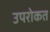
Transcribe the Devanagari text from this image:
उपरोकत